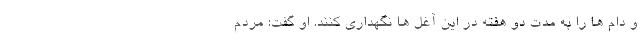
و دام ها را به مدت دو هفته در این آغل ها نگهداری کنند. او گفت: مردم